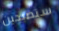
ستصبحين